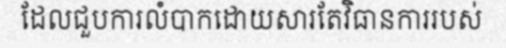
ដែលជួបការលំបាកដោយសារតែវិធានការរបស់